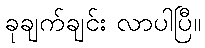
ခုချက်ချင်း လာပါပြီ။